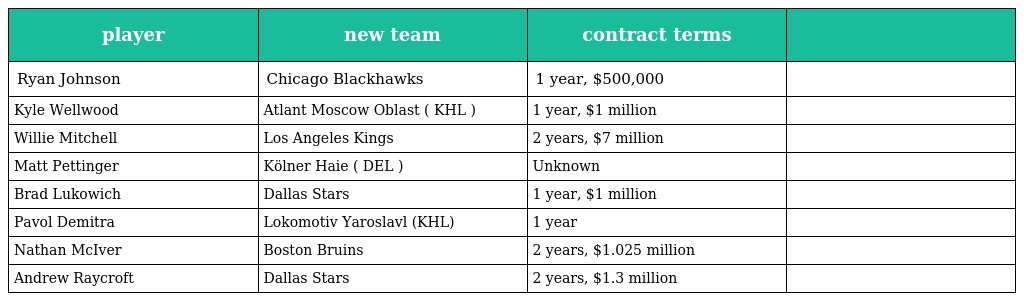
| player | new team | contract terms |  |
 | --- | --- | --- | --- |
 | Ryan Johnson | Chicago Blackhawks | 1 year, $500,000 |  |
 | Kyle Wellwood | Atlant Moscow Oblast ( KHL ) | 1 year, $1 million |  |
 | Willie Mitchell | Los Angeles Kings | 2 years, $7 million |  |
 | Matt Pettinger | Kölner Haie ( DEL ) | Unknown |  |
 | Brad Lukowich | Dallas Stars | 1 year, $1 million |  |
 | Pavol Demitra | Lokomotiv Yaroslavl (KHL) | 1 year |  |
 | Nathan McIver | Boston Bruins | 2 years, $1.025 million |  |
 | Andrew Raycroft | Dallas Stars | 2 years, $1.3 million |  |